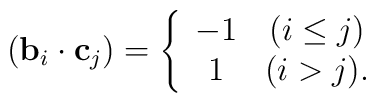
({\bf b}_i\cdot{\bf c}_j)=\left\{\begin{array}{cc}    -1 & (i\leq j)\\     1 & (i>j). \end{array}\right.